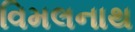
વિમલનાથ